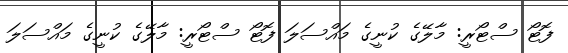
ފޮޓޯ ސްޓޯރީ: މާލޭގެ ކުނީގެ މައްސަލަ ފޮޓޯ ސްޓޯރީ: މާލޭގެ ކުނީގެ މައްސަލަ